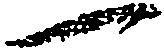
一